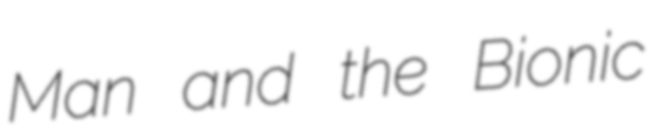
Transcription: Man and the Bionic